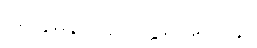
အက္ကမနဒါယတ္ထေရအပဒါန။